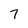
Character: 7